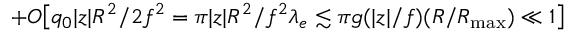
+ O \big [ q _ { 0 } | z | R ^ { 2 } / 2 f ^ { 2 } = \pi | z | R ^ { 2 } / f ^ { 2 } \lambda _ { e } \lesssim \pi g ( | z | / f ) ( R / { R _ { \mathrm { m a x } } } ) \ll 1 \big ]